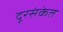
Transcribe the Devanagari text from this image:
दूरसंकेत